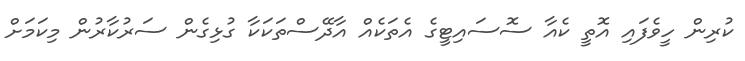
ކުރިން ހީވެފައި އޮތީ ކެއާ ސޮސައިޓީގެ އެތަކެއް އާދޭސްތަކަކާ ގުޅިގެން ސަރުކާރުން މިކަމަށް